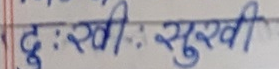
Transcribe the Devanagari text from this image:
दुःखी : सुखी